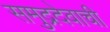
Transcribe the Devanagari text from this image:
समुद्रदेवाची